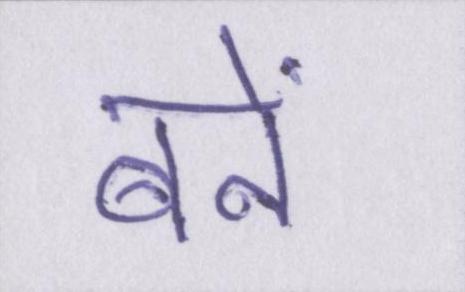
बनें